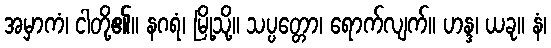
အမှာကံ၊ ငါတို့၏။ နဂရံ၊ မြို့သို့။ သပ္ပတ္တော၊ ရောက်လျက်။ ဟန္ဒ၊ ယခု။ နံ၊